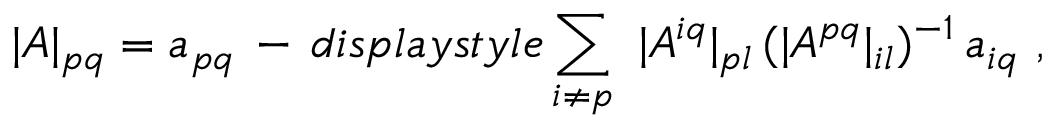
| A | _ { p q } = a _ { p q } \, - \, d i s p l a y s t y l e \sum _ { i \not = p } \ | A ^ { i q } | _ { p l } \, ( | A ^ { p q } | _ { i l } ) ^ { - 1 } \, a _ { i q } \ ,